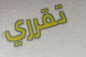
تقرري